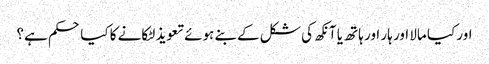
اور کیا مالا اور ہار اور ہاتھ یا آنکھ کی شکل کے بنے ہوئے تعویذ لٹکانے کا کیا حکم ہے؟